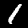
Digit: 1